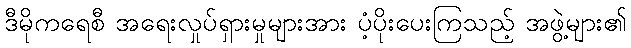
ဒီမိုကရေစီ အရေးလှုပ်ရှားမှုများအား ပံ့ပိုးပေးကြသည့် အဖွဲ့များ၏